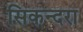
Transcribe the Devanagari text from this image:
सिकन्‍दरा